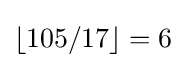
\lfloor 105/17\rfloor =6